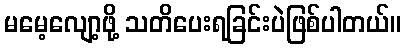
မမေ့လျော့ဖို့ သတိပေးရခြင်းပဲဖြစ်ပါတယ်။